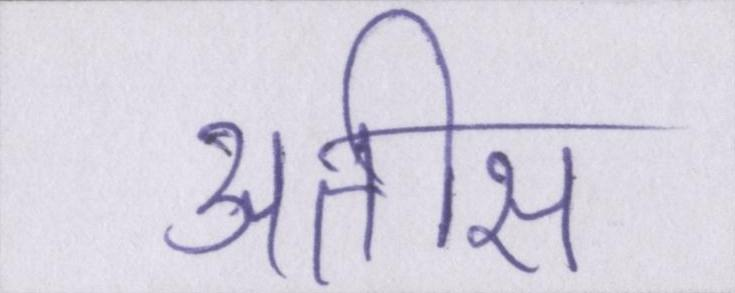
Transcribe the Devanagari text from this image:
अतीस